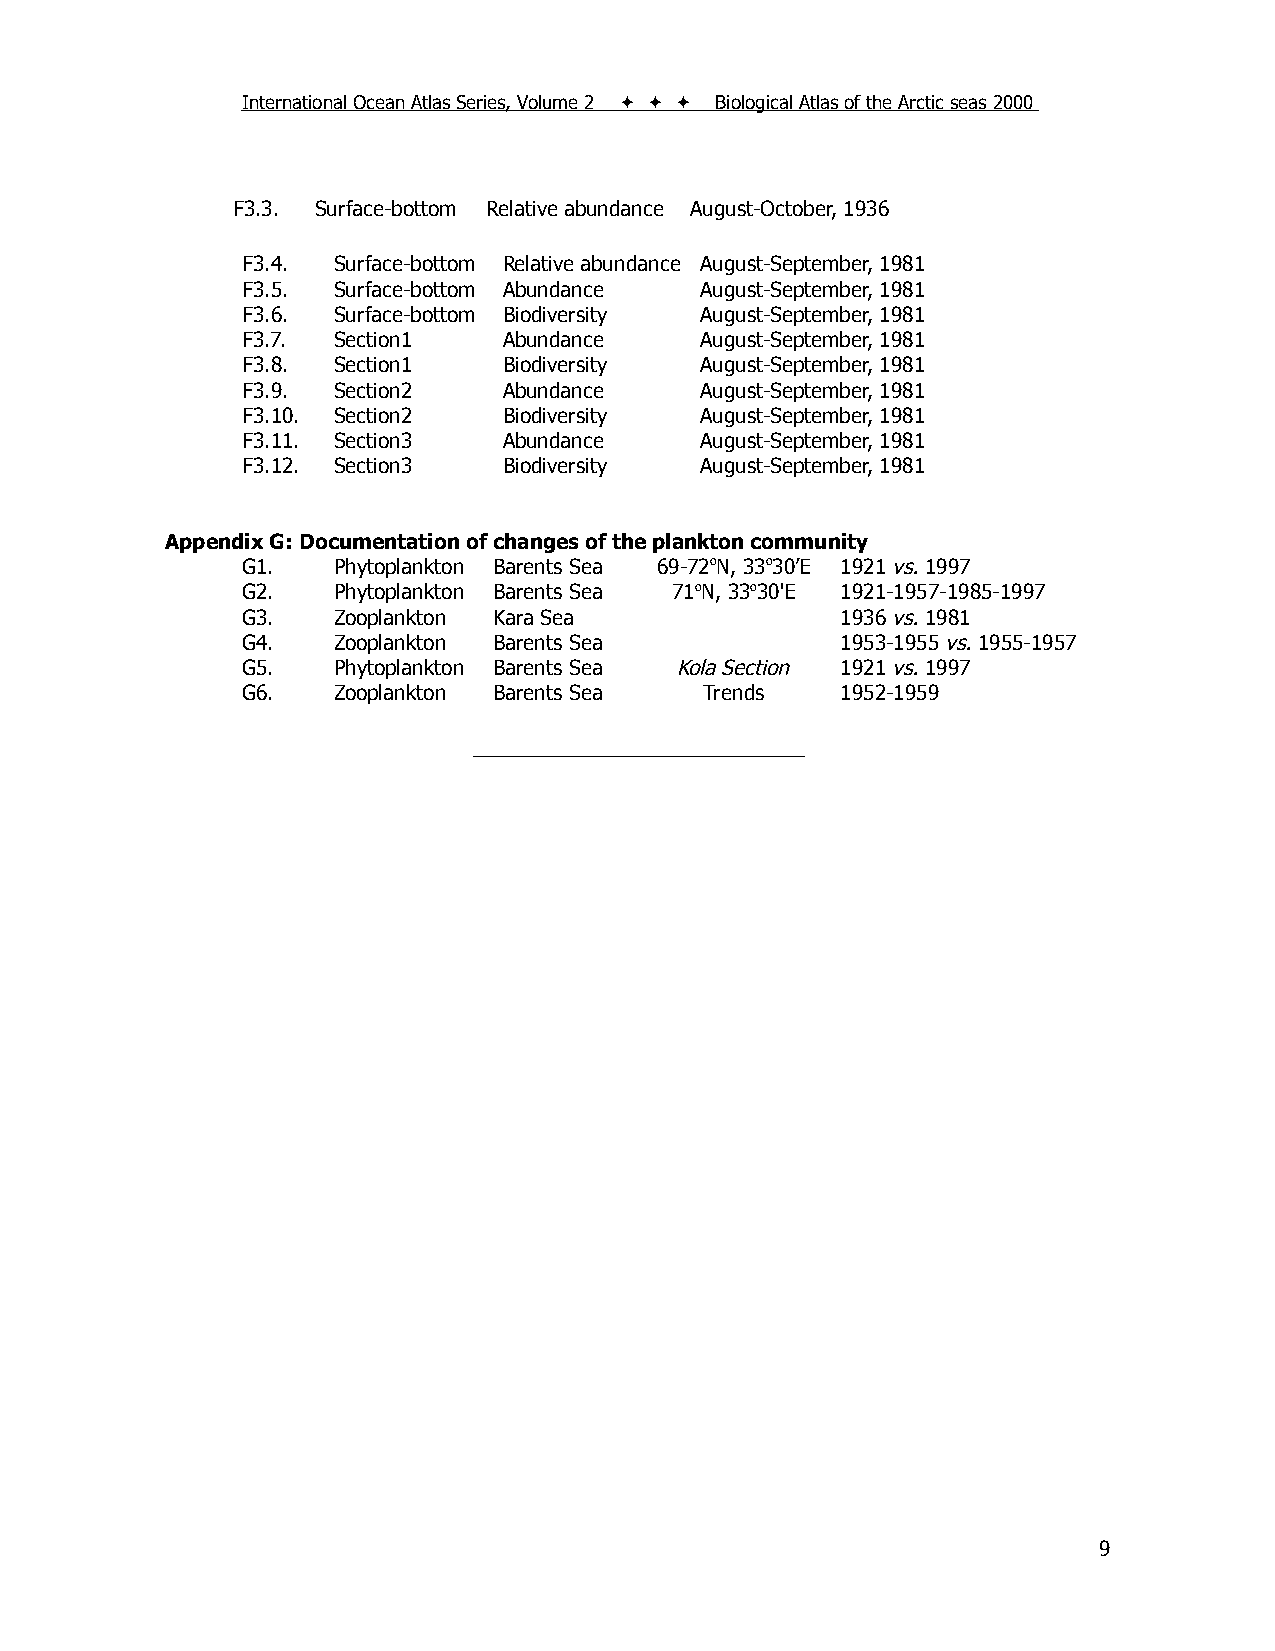
International Ocean Atlas Series, Volume 2    Biological Atlas of the Arctic seas 2000
 F3.3. Surface-bottom Relative abundance August-October, 1936
 F3.4. Surface-bottom Relative abundance August-September, 1981
 F3.5. Surface-bottom Abundance August-September, 1981
 F3.6. Surface-bottom Biodiversity August-September, 1981
 F3.7. Section1   Abundance    August-September, 1981
 F3.8. Section1   Biodiversity August-September, 1981
 F3.9. Section2   Abundance    August-September, 1981
 F3.10. Section2  Biodiversity August-September, 1981
 F3.11. Section3  Abundance    August-September, 1981
 F3.12. Section3  Biodiversity August-September, 1981
 Appendix G: Documentation of changes of the plankton community
 G1.   Phytoplankton Barents Sea 69-72oN, 33o30’E 1921 vs. 1997
 G2.   Phytoplankton Barents Sea 71oN, 33o30'E 1921-1957-1985-1997
 G3.   Zooplankton Kara Sea              1936 vs. 1981
 G4.   Zooplankton Barents Sea           1953-1955 vs. 1955-1957
 G5.   Phytoplankton Barents Sea Kola Section 1921 vs. 1997
 G6.   Zooplankton Barents Sea  Trends   1952-1959
 _____________________________
 9